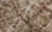
دونالد